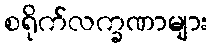
စရိုက်လက္ခဏာများ